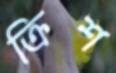
ক্রিশ